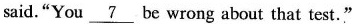
said."You \underline{7} be wrong about that test."